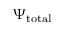
\Psi _ { \mathrm { t o t a l } }